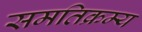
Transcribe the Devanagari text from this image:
समतिक्रम्य